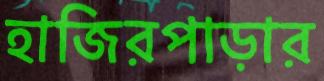
হাজিরপাড়ার